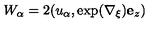
W _ { \alpha } = 2 ( u _ { \alpha } , \exp ( \nabla _ { \xi } ) { \bf e } _ { z } )